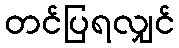
တင်ပြရလျှင်